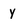
Character: y